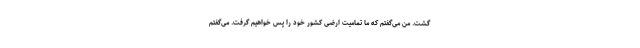
گشت. من می‌گفتم که ما تمامیت ارضی کشور خود را پس خواهیم گرفت. می‌گفتم